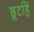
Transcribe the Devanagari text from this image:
छूटहिं